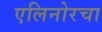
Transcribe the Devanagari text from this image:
एलिनोरचा